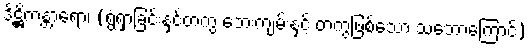
ဒိဋ္ဌိကန္တာရော၊ (ရွံရှာခြင်းနှင့်တကွ ဘေးကျမ်းနှင့် တကွဖြစ်သော သဘောကြောင့်)